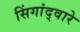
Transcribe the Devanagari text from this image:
सिंगांद्वारे